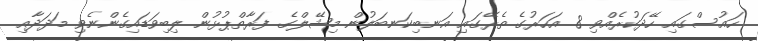
ހައުސްގައި ހޭދަކުރެއްވި 8 އަހަރުގެ ތެރޭގައި އަނބިކަނބަލުން މިޝޭލްގެ ފަރާތްޕުޅުން ލިބިވަޑައިގެންނެވި މަދަދާއި